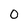
Character: 0